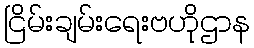
ငြိမ်းချမ်းရေးဗဟိုဌာန